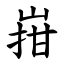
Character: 㟛